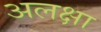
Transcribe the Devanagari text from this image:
अलक्षा